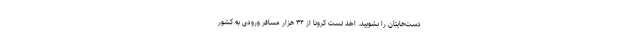
دست‌هایتان را بشویید. اخذ تست کرونا از ۳۴ هزار مسافر ورودی به کشور